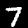
Digit: 7